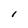
Character: l